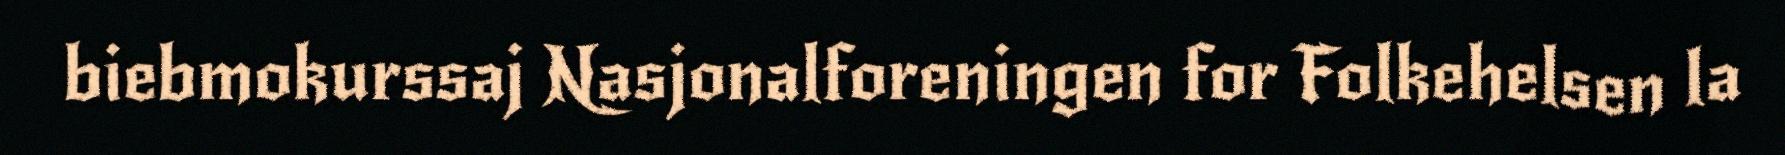
biebmokurssaj Nasjonalforeningen for Folkehelsen la